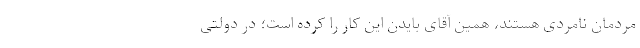
مردمان نامردی هستند، همین آقای بایدن این کار را کرده است؛ در دولتی